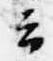
云